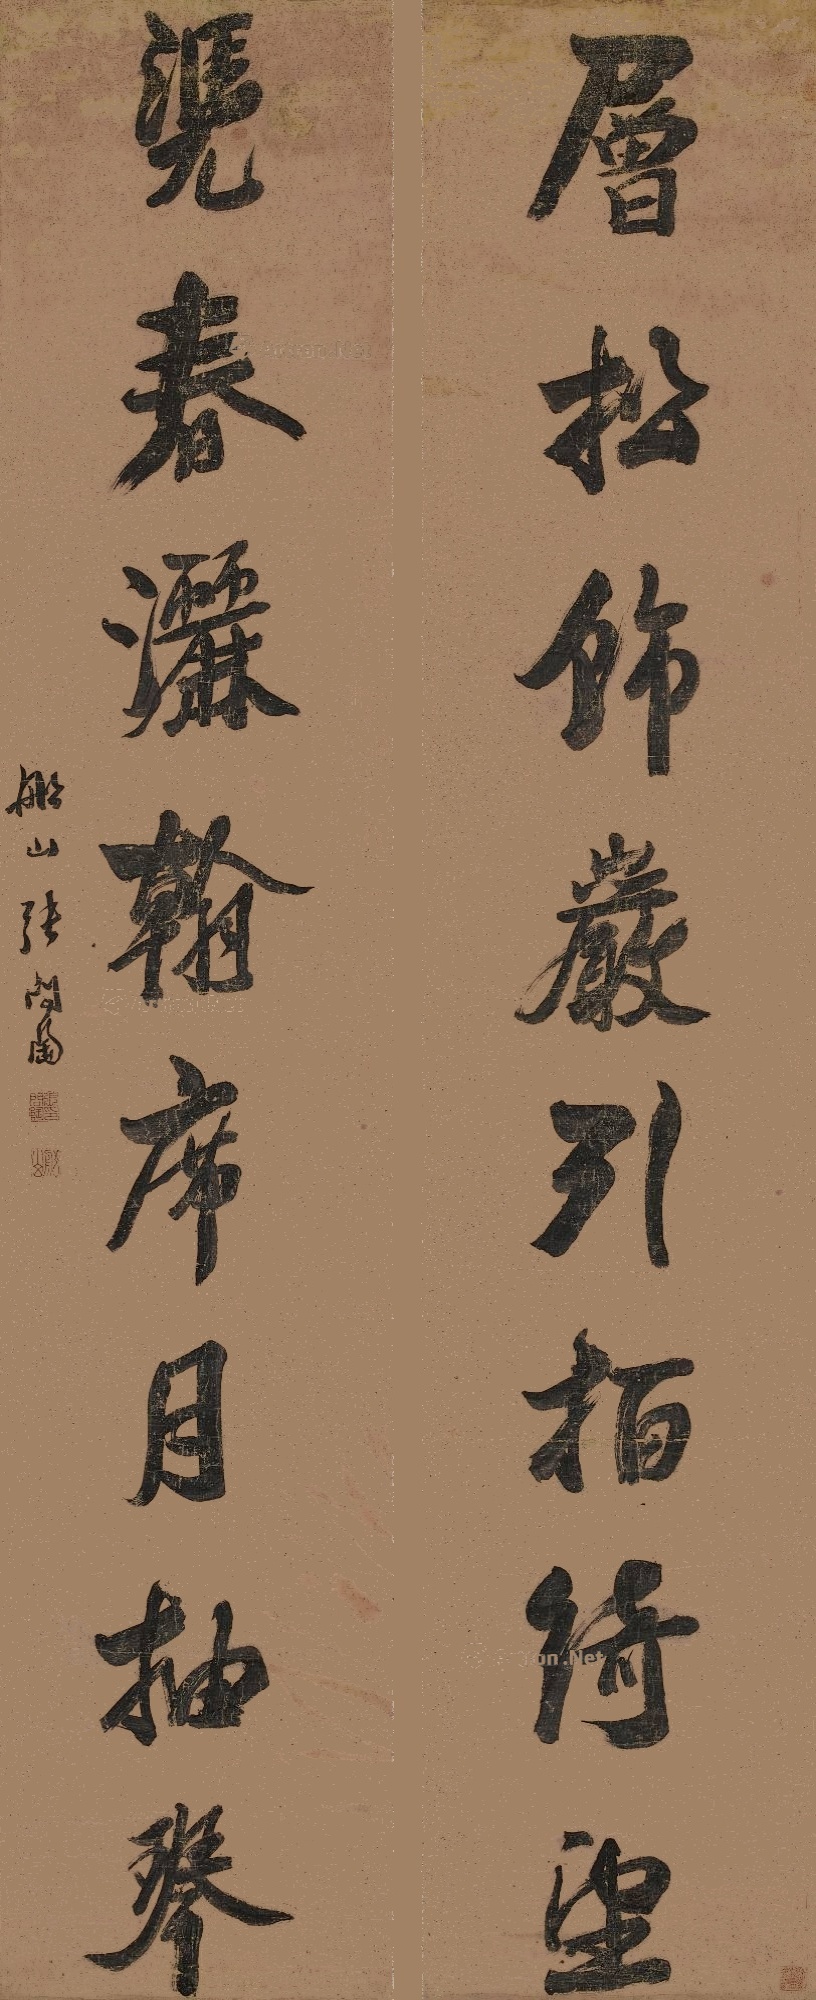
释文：层松饰岩引栢绮望，凭春洒翰席月抽琴。船山张问陶印、船山